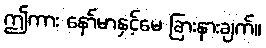
ဤကား နော်မာနှင့်မေ ခြားနားချက်။